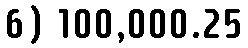
6) 100,000.25